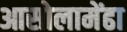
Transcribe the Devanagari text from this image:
आसोलामेंढा